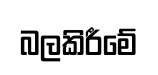
බලකිරීමේ